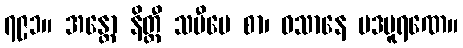
၇၉၁။ အန္တော နိတ္ထီ သမီပေ စာ၊ ဝသာနေ ပဒပူရဏေ။